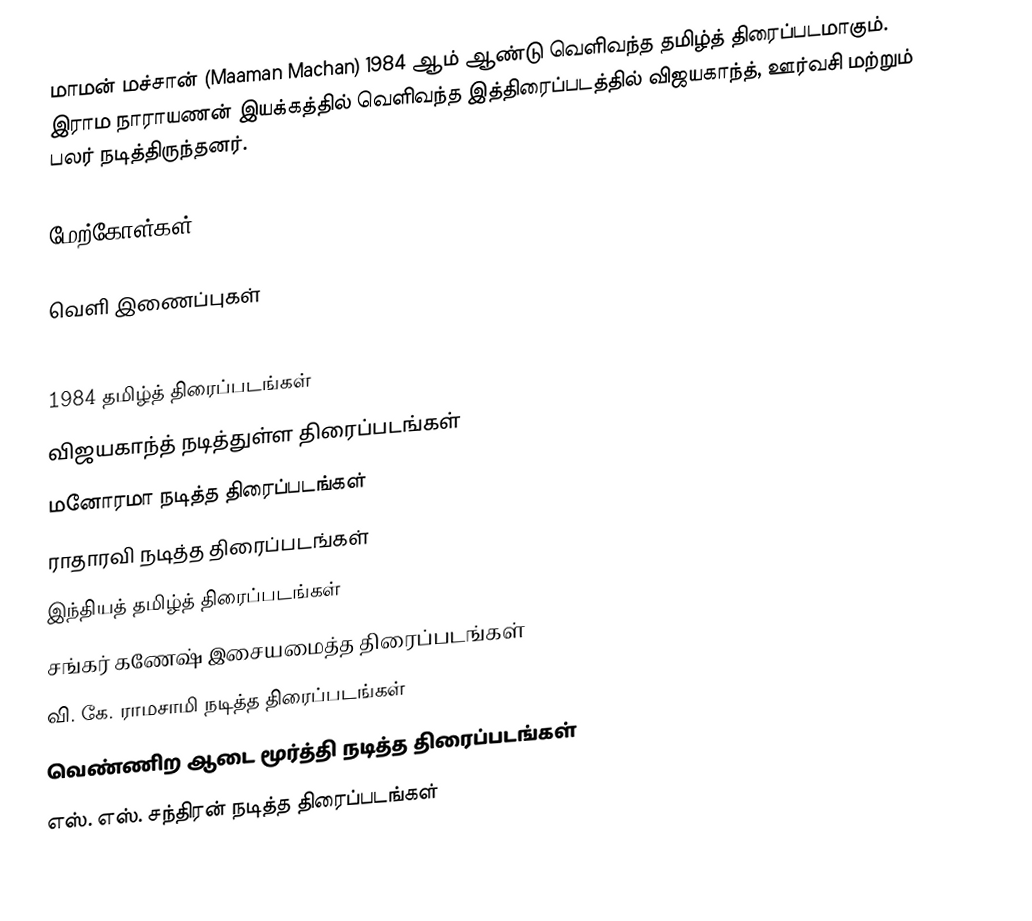
மாமன் மச்சான் (Maaman Machan) 1984 ஆம் ஆண்டு வெளிவந்த தமிழ்த் திரைப்படமாகும். இராம நாராயணன் இயக்கத்தில் வெளிவந்த இத்திரைப்படத்தில் விஜயகாந்த், ஊர்வசி மற்றும் பலர் நடித்திருந்தனர்.

மேற்கோள்கள்

வெளி இணைப்புகள்

1984 தமிழ்த் திரைப்படங்கள்
விஜயகாந்த் நடித்துள்ள திரைப்படங்கள்
மனோரமா நடித்த திரைப்படங்கள்
ராதாரவி நடித்த திரைப்படங்கள்
இந்தியத் தமிழ்த் திரைப்படங்கள்
சங்கர் கணேஷ் இசையமைத்த திரைப்படங்கள்
வி. கே. ராமசாமி நடித்த திரைப்படங்கள்
வெண்ணிற ஆடை மூர்த்தி நடித்த திரைப்படங்கள்
எஸ். எஸ். சந்திரன் நடித்த திரைப்படங்கள்